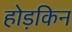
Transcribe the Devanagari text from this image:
होड़किन